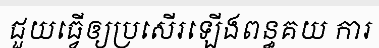
ជួយធ្វើឲ្យប្រសើរឡើងពន្ធគយ ការ